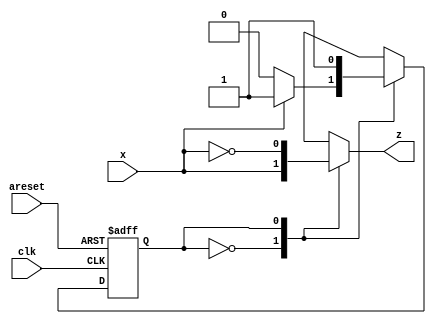
module top_module (
    input clk,
    input areset,
    input x,
    output z
); 
    parameter A=0, B=1;
    reg ps, ns;
    
    always @(posedge clk, posedge areset) begin
        if(areset)
            ps <= 0;
        else
            ps <= ns;
    end
    
    always @(*) begin
        case(ps)
            A: ns = x ? B : A;
            B: ns = B;
        endcase
    end
                
    always @(*) begin
        case(ps)
            A: z = x;
            B: z= ~x;
        endcase
    end

endmodule